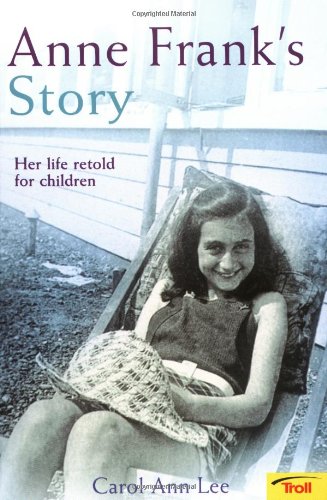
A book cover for Anne Frank's Story: Her Life Retold for Children; Carol Ann Lee; Children's Books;